Report on the working of the mental hospitals for Indians in Bihar and Orissa - 1925-1929
Year: 1925
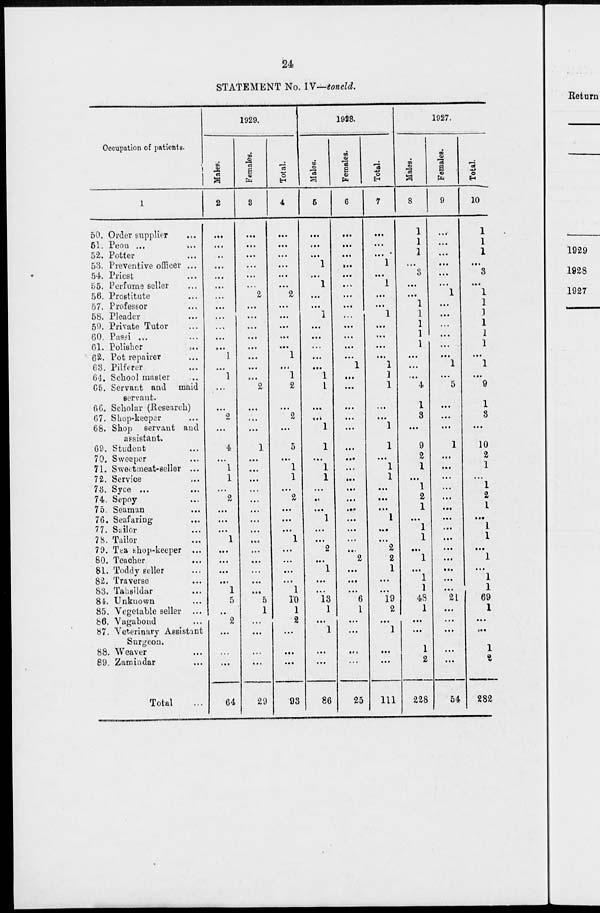
24
STATEMENT No. IV—concld.
Occupation of patients.
1
50. Order supplier...
51. Peon ... ...
52. Potter ...
53. Preventive officer ...
54. Priest...
55. Perfume seller...
56. Prostitute ...
57. Professor ...
58. Pleader ...
59. Private Tutor ...
60. Passi ... ...
61. Polisher ...
62. Pot repairer ...
63. Pilferer ...
64. School master ...
65. Servant and maid
servant.
66. Scholar (Research)
67. Shop-keeper...
68. Shop servant and
assistant.
69. Student...
70. Sweeper ...
71. Sweetmeat-seller ...
72. Service ...
73. Syce ... ...
74. Sepoy ...
75. Seaman ...
76. Seafaring ...
77. Sailor ...
78. Tailor ...
79. Tea shop-keeper ...
80. Teacher ...
81. Toddy seller ...
82. Traverse ...
83. Tahsildar ...
81. Unknown ...
85. Vegetable seller ...
86. Vagabond ...
87. Veterinary Assistant
Surgeon.
88. Weaver ...
89. Zamindar ...
Total ...
1929.
Males.
2
...
...
...
...
...
...
...
...
...
...
...
...
1
...
1
...
...
2
...
4
...
1
1
...
2
...
...
...
1
...
...
...
...
1
5
...
2
...
...
...
64
Females.
3
...
...
...
...
...
...
2
...
...
...
...
...
...
...
...
2
...
...
...
1
...
...
...
...
...
...
...
...
...
...
...
...
...
...
5
1
...
...
...
...
29
Total.
4
...
...
...
...
...
...
2
...
...
...
...
...
1
...
1
2
...
2
...
5
...
1
1
...
2
...
...
...
1
...
...
...
...
1
10
1
2
...
...
...
93
1928.
Males.
5
...
...
...
1
...
1
...
...
1
...
...
...
...
...
1
1
...
...
1
1
...
1
1
...
...
...
1
...
...
2
...
1
...
...
13
1
...
1
...
...
86
Females.
6
...
...
...
...
...
...
...
...
...
...
...
...
...
1
...
...
...
...
...
...
...
...
...
...
...
...
...
...
...
...
2
...
...
...
6
1
...
...
...
...
25
Total.
7
...
...
...
1
...
1
...
...
1
...
...
...
...
1
1
1
...
...
1
1
...
1
1
...
...
...
1
...
...
2
2
1
...
...
19
2
...
1
...
...
111
1927.
Males.
8
1
1
1
...
3
...
...
1
1
1
1
1
...
...
...
4
1
3
...
9
2
1
...
1
2
1
...
1
1
...
1
...
1
1
48
1
...
...
1
2
228
Females.
9
...
...
...
...
...
...
1
...
...
...
...
...
...
1
...
5
...
...
...
1
...
...
...
...
...
...
...
...
...
...
...
...
...
...
21
...
...
...
...
...
54
Total.
10
1
1
1
...
3
...
1
1
1
1
1
1
...
1
...
9
1
3
...
10
2
1
...
1
2
1
...
1
1
...
1
...
1
1
69
1
...
...
1
2
282